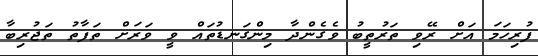
ފުރިހަމަ އަށް ރޭވި ތަރުތީބު ވެގެންދާ މިންގަނޑުތައް ވީ ވަރަށް ތަފާތު ތަޖުރިބާ